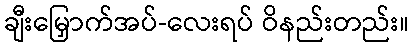
ချီးမြှောက်အပ်-လေးရပ် ဝိနည်းတည်း။